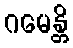
ဂမေန္တိ